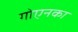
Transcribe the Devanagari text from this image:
गोएनका